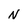
Character: N